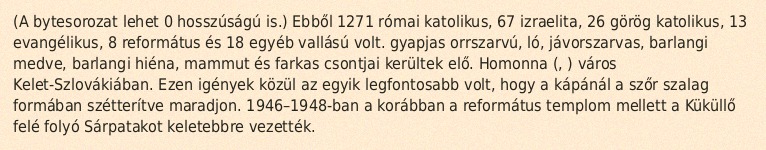
(A bytesorozat lehet 0 hosszúságú is.) Ebből 1271 római katolikus, 67 izraelita, 26 görög katolikus, 13 evangélikus, 8 református és 18 egyéb vallású volt. gyapjas orrszarvú, ló, jávorszarvas, barlangi medve, barlangi hiéna, mammut és farkas csontjai kerültek elő. Homonna (, ) város Kelet-Szlovákiában. Ezen igények közül az egyik legfontosabb volt, hogy a kápánál a szőr szalag formában szétterítve maradjon. 1946–1948-ban a korábban a református templom mellett a Küküllő felé folyó Sárpatakot keletebbre vezették.